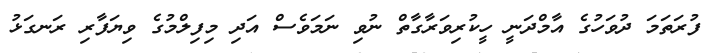
ފުރަތަމަ ދުވަހުގެ އާމްދަނީ ހީކުރިވަރާގާތް ނުވި ނަމަވެސް އަދި މިފިލްމުގެ ވިޔަފާރި ރަނގަޅު